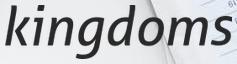
kingdoms